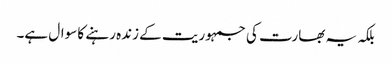
بلکہ یہ بھارت کی جمہوریت کے زندہ رہنے کا سوال ہے۔